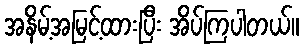
အနိမ့်အမြင့်ထားပြီး အိပ်ကြပါတယ်။